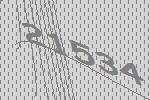
21534